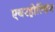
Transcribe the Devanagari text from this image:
एयरहोल्डिंग